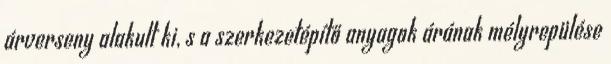
árverseny alakult ki, s a szerkezetépítő anyagok árának mélyrepülése